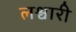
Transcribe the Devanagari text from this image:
लश्वारी